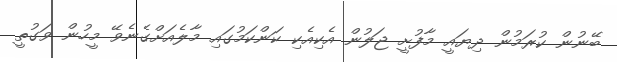
ބޭނުން ކުރަމުން ދިޔައީ މާފުށީ ޖަލުން އެކިއެކި ކަންކަމުގައި މާލެއަށްގެނެވޭ މީހުން ވަގުތީ